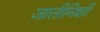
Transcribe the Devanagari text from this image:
जातीनिशी